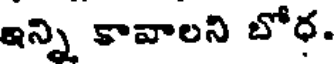
ఇన్ని కావాలని బోధ.